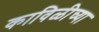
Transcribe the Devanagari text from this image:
काविळीच्या